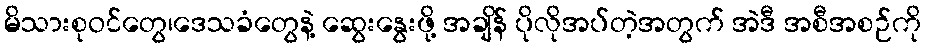
မိသားစုဝင်တွေ၊ဒေသခံတွေနဲ့ ဆွေးနွေးဖို့ အချိန် ပိုလိုအပ်တဲ့အတွက် အဲဒီ အစီအစဉ်ကို